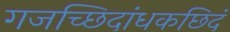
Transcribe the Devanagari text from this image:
गजच्छिदांधकछिदं